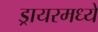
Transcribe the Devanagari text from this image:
ड्रायरमध्ये